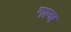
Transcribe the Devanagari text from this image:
गल्च